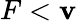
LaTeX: F<\mathbf{v}